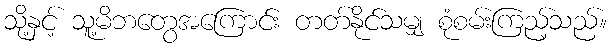
သို့နှင့် သူ့မိဘတွေအကြောင်း တတ်နိုင်သမျှ စုံစမ်းကြည့်သည်။